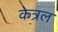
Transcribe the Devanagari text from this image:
केत्रल